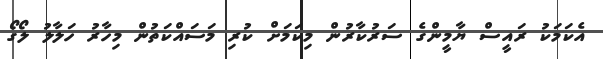
އެކަމަކު ރައީސް ޔާމީންގެ ސަރުކާރުން މިކަމަށް ކުރި މަސައްކަތުން މިހާރު ހަލާލު ލޯގޯ